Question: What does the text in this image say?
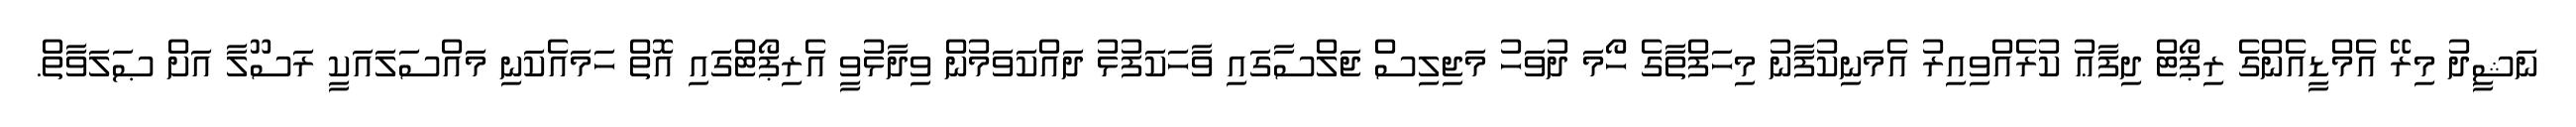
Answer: ނަޝީދު މިރޭ އެމްޑީއެންގެ ރިޕޯޓް ދިފާޢު ކުރެއްވިއިރު އެމަނިކުފާނު މިހަފްތާގެ ހޯމަ ދުވަހު މަޖިލިސް ޖަލްސާގައި ވާހަކަފުޅު ދައްކަވަމުން ވިދާޅުވީ އެރިޕޯޓްގައި އޮތް ހަމައެކަނި މައްސަލައަކީ ރަސޫލާ އަށް ޞަލަވާތް.